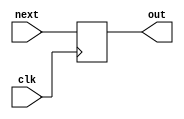
`timescale 1ns / 1ps

module program_counter(
  input clk,
  input [31:0] next, // the input address
  output reg [31:0] out // the output address
);
  
  initial begin
    out = -4; // NEVER REACHED ADDRESS
    // $display("Init PC: 0x%H",out);
  end

  // always @(next) begin
  //   $display("Next PC: 0x%H",next);
  // end

  always @(posedge clk) begin
    out = next;
  end

endmodule